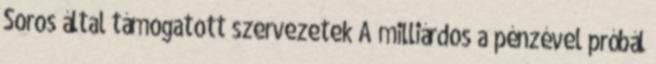
Soros által támogatott szervezetek A milliárdos a pénzével próbál